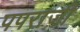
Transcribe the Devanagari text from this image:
पपराजी